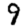
Digit: 9